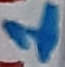
Text: 1